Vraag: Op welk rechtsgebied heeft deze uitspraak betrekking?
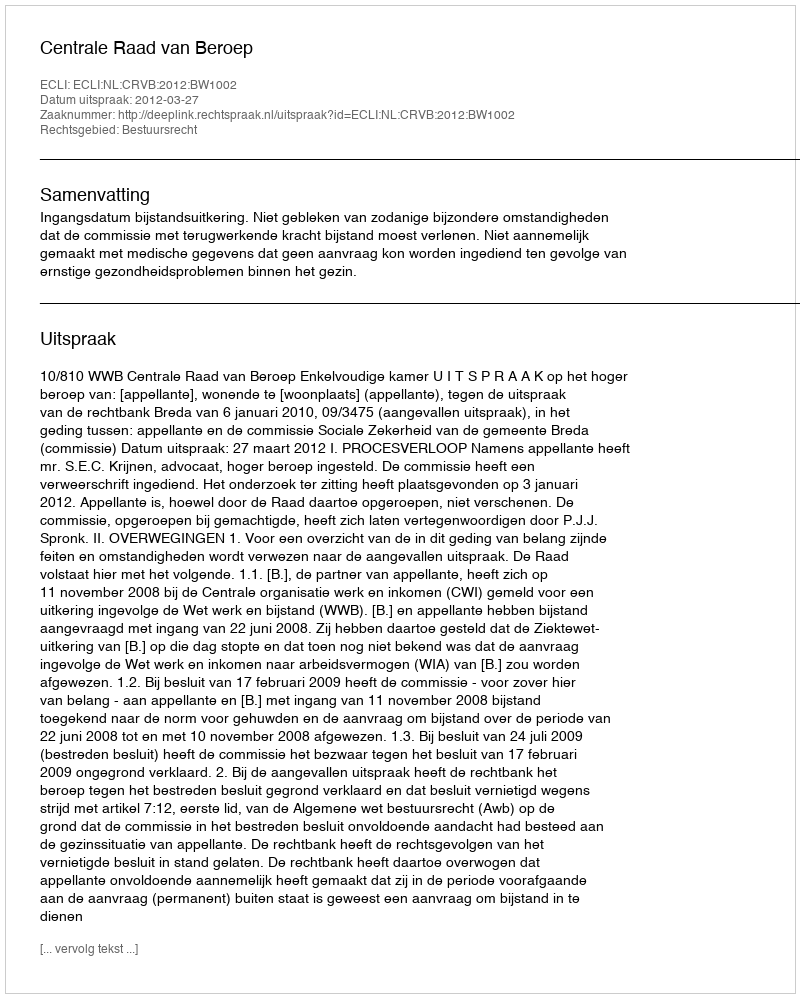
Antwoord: Bestuursrecht